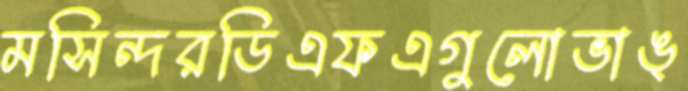
মসিন্দরডিএফএগুলোভাঙ্